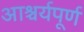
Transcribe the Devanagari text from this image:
आश्चर्यपूर्ण